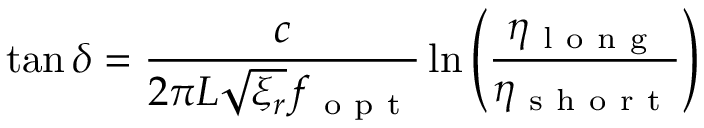
\tan \delta = \frac { c } { 2 \pi L \sqrt { \xi _ { r } } f _ { \mathrm { ~ o ~ p ~ t ~ } } } \ln \left( \frac { \eta _ { \mathrm { ~ l ~ o ~ n ~ g ~ } } } { \eta _ { \mathrm { ~ s ~ h ~ o ~ r ~ t ~ } } } \right)